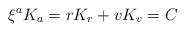
LaTeX: \begin{align*}\xi^a K_{a} = r K_r + v K_v = C \end{align*}